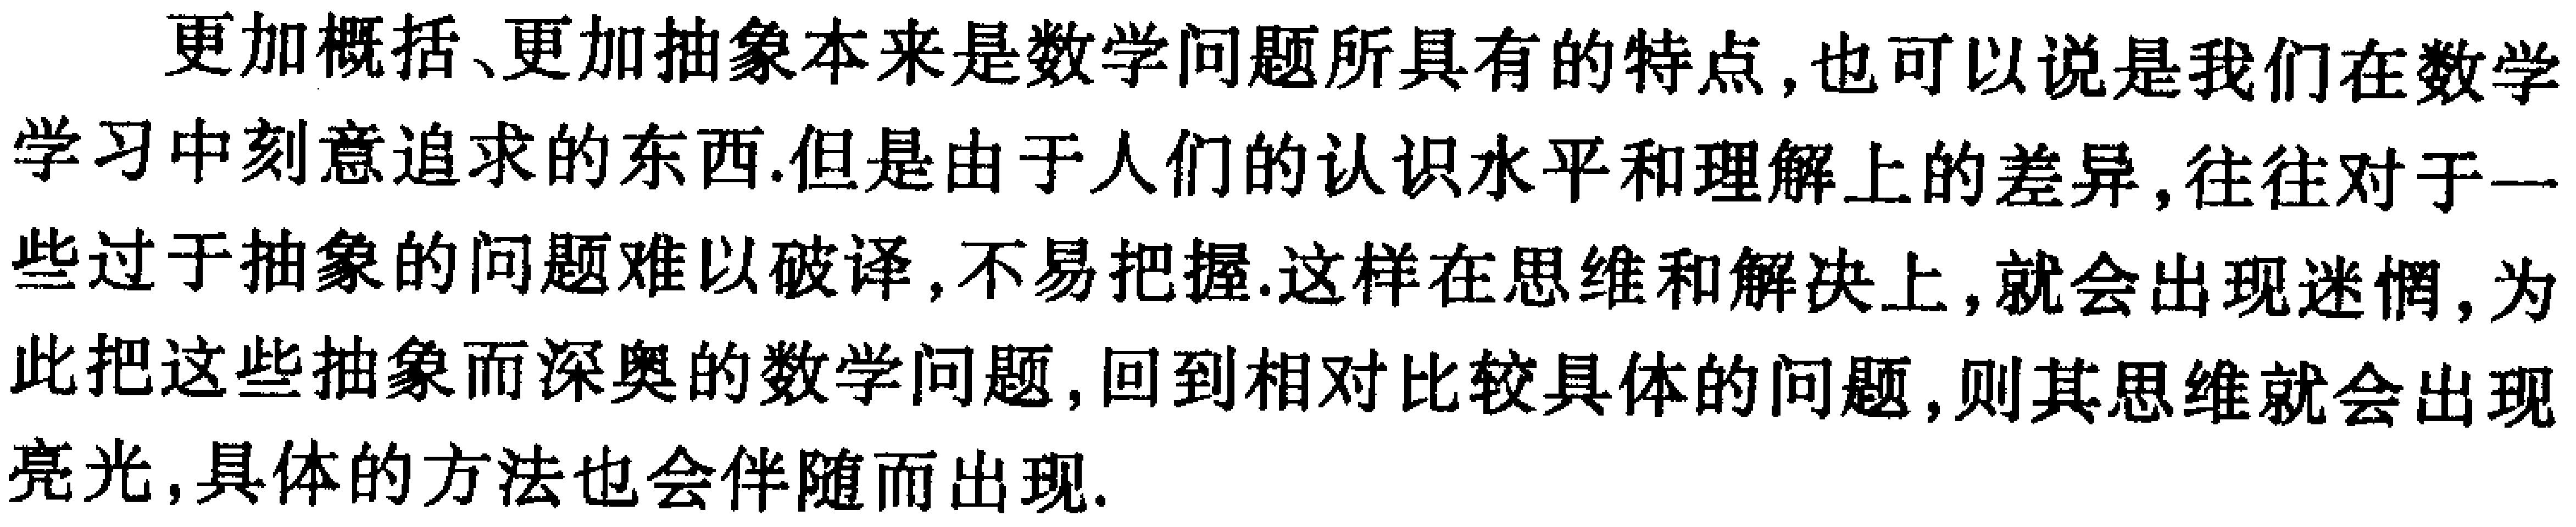
更加概括、更加抽象本来是数学问题所具有的特点, 也可以说是我们在数学学习中刻意追求的东西.但是由于人们的认识水平和理解上的差异, 往往对于一些过于抽象的问题难以破译, 不易把握.这样在思维和解决上, 就会出现迷惘, 为此把这些抽象而深奥的数学问题, 回到相对比较具体的问题, 则其思维就会出现亮光, 具体的方法也会伴随而出现.